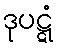
ဒုပဋ္ဋံ